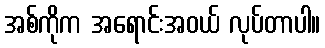
အစ်ကိုက အရောင်းအဝယ် လုပ်တာပါ။